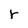
Character: r